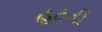
હટડી